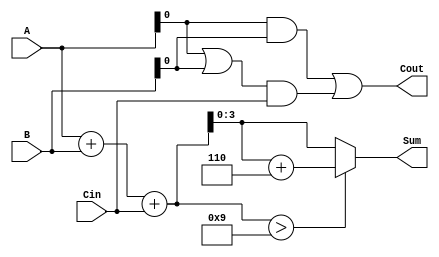
module BCD_Carry_Lookahead_Adder (
    input  [3:0] A,    // BCD digit A
    input  [3:0] B,    // BCD digit B
    input        Cin,   // Carry-in
    output [3:0] Sum,   // BCD Sum
    output       Cout   // Carry-out
);

    wire [4:0] S;       // Intermediate sum (5 bits to include carry)
    wire P;             // Propagate signal
    wire G;             // Generate signal
    wire Correction;    // Correction needed signal

    // Step 1: Initial sum calculation
    assign S = A + B + Cin;

    // Step 2: Carry generation and propagation
    assign P = A | B;       // Propagate signal
    assign G = A & B;       // Generate signal

    // Step 3: Carry lookahead logic for carry-out
    assign Cout = G | (P & Cin);

    // Step 4: BCD correction logic
    assign Correction = (S > 9);

    // Step 5: Final BCD sum calculation
    assign Sum = Correction ? (S + 4'b0110) : S[3:0]; // Add 6 if correction needed

endmodule